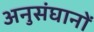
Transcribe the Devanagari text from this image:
अनुसंघानों